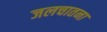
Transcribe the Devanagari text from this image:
जलचातना